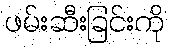
ဖမ်းဆီးခြင်းကို